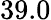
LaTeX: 39.0